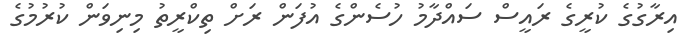
އިރާގުގެ ކުރީގެ ރައީސް ސައްދާމު ހުސެންގެ އުފަން ރަށް ތިކްރީތު މިނިވަން ކުރުމުގެ